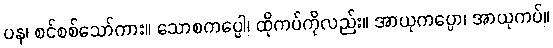
ပန၊ စင်စစ်သော်ကား။ သောစကပ္ပေါ၊ ထိုကပ်ကိုလည်း။ အာယုကပ္ပော၊ အာယုကပ်။